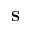
\mathbf { S }